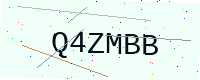
Text: Q4ZMBB